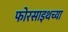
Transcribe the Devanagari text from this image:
फोरसाइथच्या